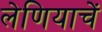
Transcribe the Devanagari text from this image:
लेणियाचें